Leaving Certificate, 1897
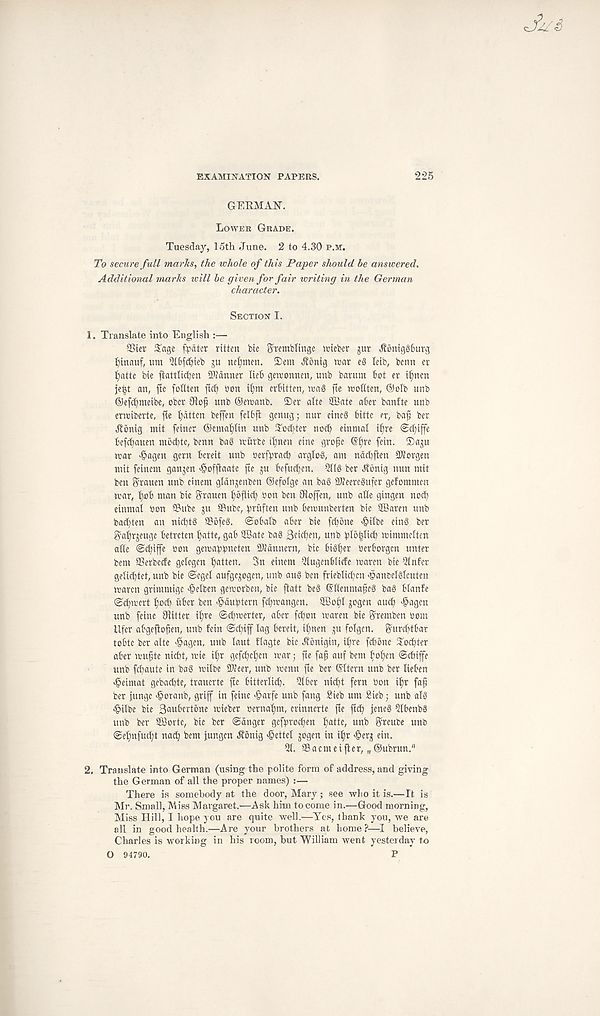
EXAMINATION PAPERS.
225
Js/6
GERMAN.
LOWER GRADE.
Tuesday, 15th June. 2 to 4.30 P.M.
To secure full marks, the whole of this Paper should be answered.
Additional marks will be given for fair writing in the German
character.
SECTION I.
1. Translate into English :—
33ier £age fpdtcr ritten bie Sremblingc uneber jur JtoniggBurg
l)inauf, um Qlbfdjteb gu ne^men. ®em
war e3 leib, berm cr
bie jlattlit^en SKdnner UeB gewonneti, unb barmn Bot er if)ncn
je^t an, fie foUten ftcB bon il)m erBitten, wag fte wohten, ©olb unb
©eftBmeibe, obet 3ftop unb ©ewanb. ®er alte SBate aBer bantte unb
erwiberte, fie fatten beffen felBfl genug; nur eineg Bittc er, baf ber
^tonig nrit feiner ©ema^lin unb S^ocBter nocB einmal il^re ©efitfe
Beftfiauen mocBtc, benn bag witrbe ifmen einc grojfe ©f)re fein. ®aju
war d?agen gern Bcreit unb berfprad? arglog, am ndd)ften 3Korgen
mit feinem ganjen >§offlaate fte ju BefudBen. iHIg ber Jtonig nun mit
ben Frauen unb etnent gldn^enben ©efofgc an bag 21?eercgufer geforamcn
war,
wan btc Frauen IrofUcB bon ben Jioffen, unb atte gingen nod)
einmal bon Sube ju SBubc, bruften unb Bewunberten bie SBaren unb
bad)ten an nid)tg 9Sofeg. ©oBalb aBer bie fd)one ^ilbe eing ber
§al)rjeuge Betrcten l)atte, gaB QBate bag BfitBfh/ unb bio|li^B tcimmelten
atte
^on gewabbneten SKdnnern, bic Bigger berBorgcn unter
bent ©erbeefe gelcgcn Batten. 3n einem -2lugen6ltcfe waren bie ainfer
gelicBtet, unb bie @egel aufgcjogen, unb aug ben frieblicBcn >9an5elgleuten
waren grimmige -Brelben geworben, bie flatt beg (Stlenmafjeg bag Blanfe
(scBwert Bbd) itBcr ben >§dubtern fd)wangen. 2BoBl gogen aucB >©agen
unb feine fitter iBre ©cBwerter, aBer fd)on maren bie ^remben bom
Ufcr aBgeflofjen, unb fein @(Biff lag Bereit, il)nen ^u folgen. SurcBtBar
toBtc ber alte >©agen, unb taut ftagte bie ^onigin, iBre fcBonc SocBter
aBer wufte nicBt, wie it)r gefcBcBen war j fie faff auf bent B^Bm ©cBiffe
unb fd)aute in bag wilbe SWeer, unb wenn fte ber ©Item unb ber tieBen
doeimat gebacBte, trauerte fte BitterlicB. 2t6er nicBt fern bon iBr faff
ber jungc dpotanb, griff in feine >§arfe unb fang Sieb um Sieb; unb alg
<£ilbe bie 3«uBertone wieber bernaBm, crinnerte fte fid) feneg 5lBenbg
unb ber $Bortc, bie ber ©anger gcftwocBen Battc, unb f^reube unb
©eBnfud)t nad) bem jungen Jtonig «§ettel jogen in il)r ^er^ ein.
5(. aBacmeifler, „ ©ubrun."
2. Translate into German (using the polite form of address, and giving
the German of all the proper names) :—
There is somebody at the door, Mary ; see who it is.—It is
Mr. Small, Miss Margaret.—Ask him to come in.—Good morning,
Miss Hill, I hope you are quite well.—-Yes, thank you, we are
all in good health.—Are your brothers at home ?—I believe,
Charles is working in his room, but William went yesterday to
O 94790.
P